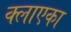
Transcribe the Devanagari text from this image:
क्लाएका